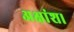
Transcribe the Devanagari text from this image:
अक्षांश।